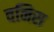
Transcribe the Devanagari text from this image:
वनिस